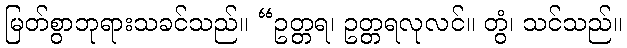
မြတ်စွာဘုရားသခင်သည်။ “ဥတ္တရ၊ ဥတ္တရလုလင်။ တွံ၊ သင်သည်။